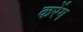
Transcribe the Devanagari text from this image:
करेंग